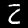
Digit: 2